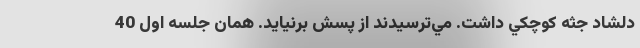
دلشاد جثه كوچكي داشت. مي‌ترسيدند از پسش برنيايد. همان جلسه اول 40